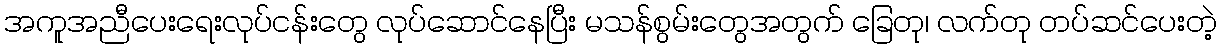
အကူအညီပေးရေးလုပ်ငန်းတွေ လုပ်ဆောင်နေပြီး မသန်စွမ်းတွေအတွက် ခြေတု၊ လက်တု တပ်ဆင်ပေးတဲ့